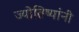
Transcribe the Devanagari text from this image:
ज्योतिष्यांनी